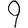
Digit: 9